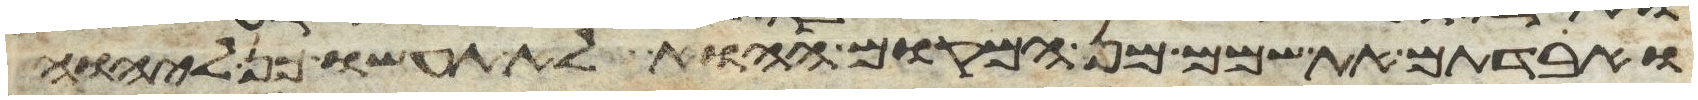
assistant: ואבדתם את שמם מן המקום ההוא לא תעשו כן ליהוה